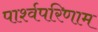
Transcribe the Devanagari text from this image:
पार्श्वपरिणाम